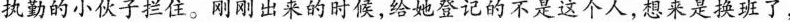
执勤的小伏子。刚出来的时候，给她登记的不是这个人，想来是换班了，